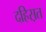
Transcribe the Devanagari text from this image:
दहिस़त